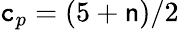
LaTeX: \mathtt{c}_{p}=(5+\mathsf{{n}})/2